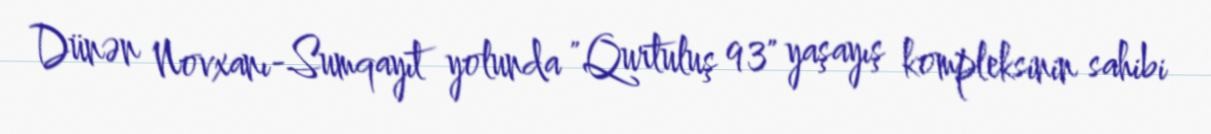
Dünən Novxanı-Sumqayıt yolunda "Qurtuluş 93" yaşayış kompleksinin sahibi